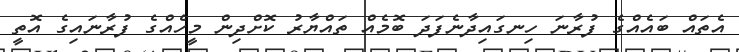
އެތައް ބައެއްގެ ފުރާނަ ހިނގައިދާނެފަދަ ބޮމެއް ތައްޔާރު ކޮށްދިން މީހެއްގެ ފުރާނައިގެ އޮތީ